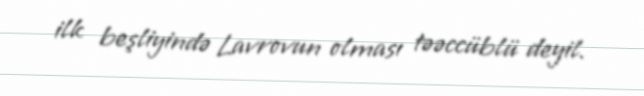
ilk beşliyində Lavrovun olması təəccüblü deyil.